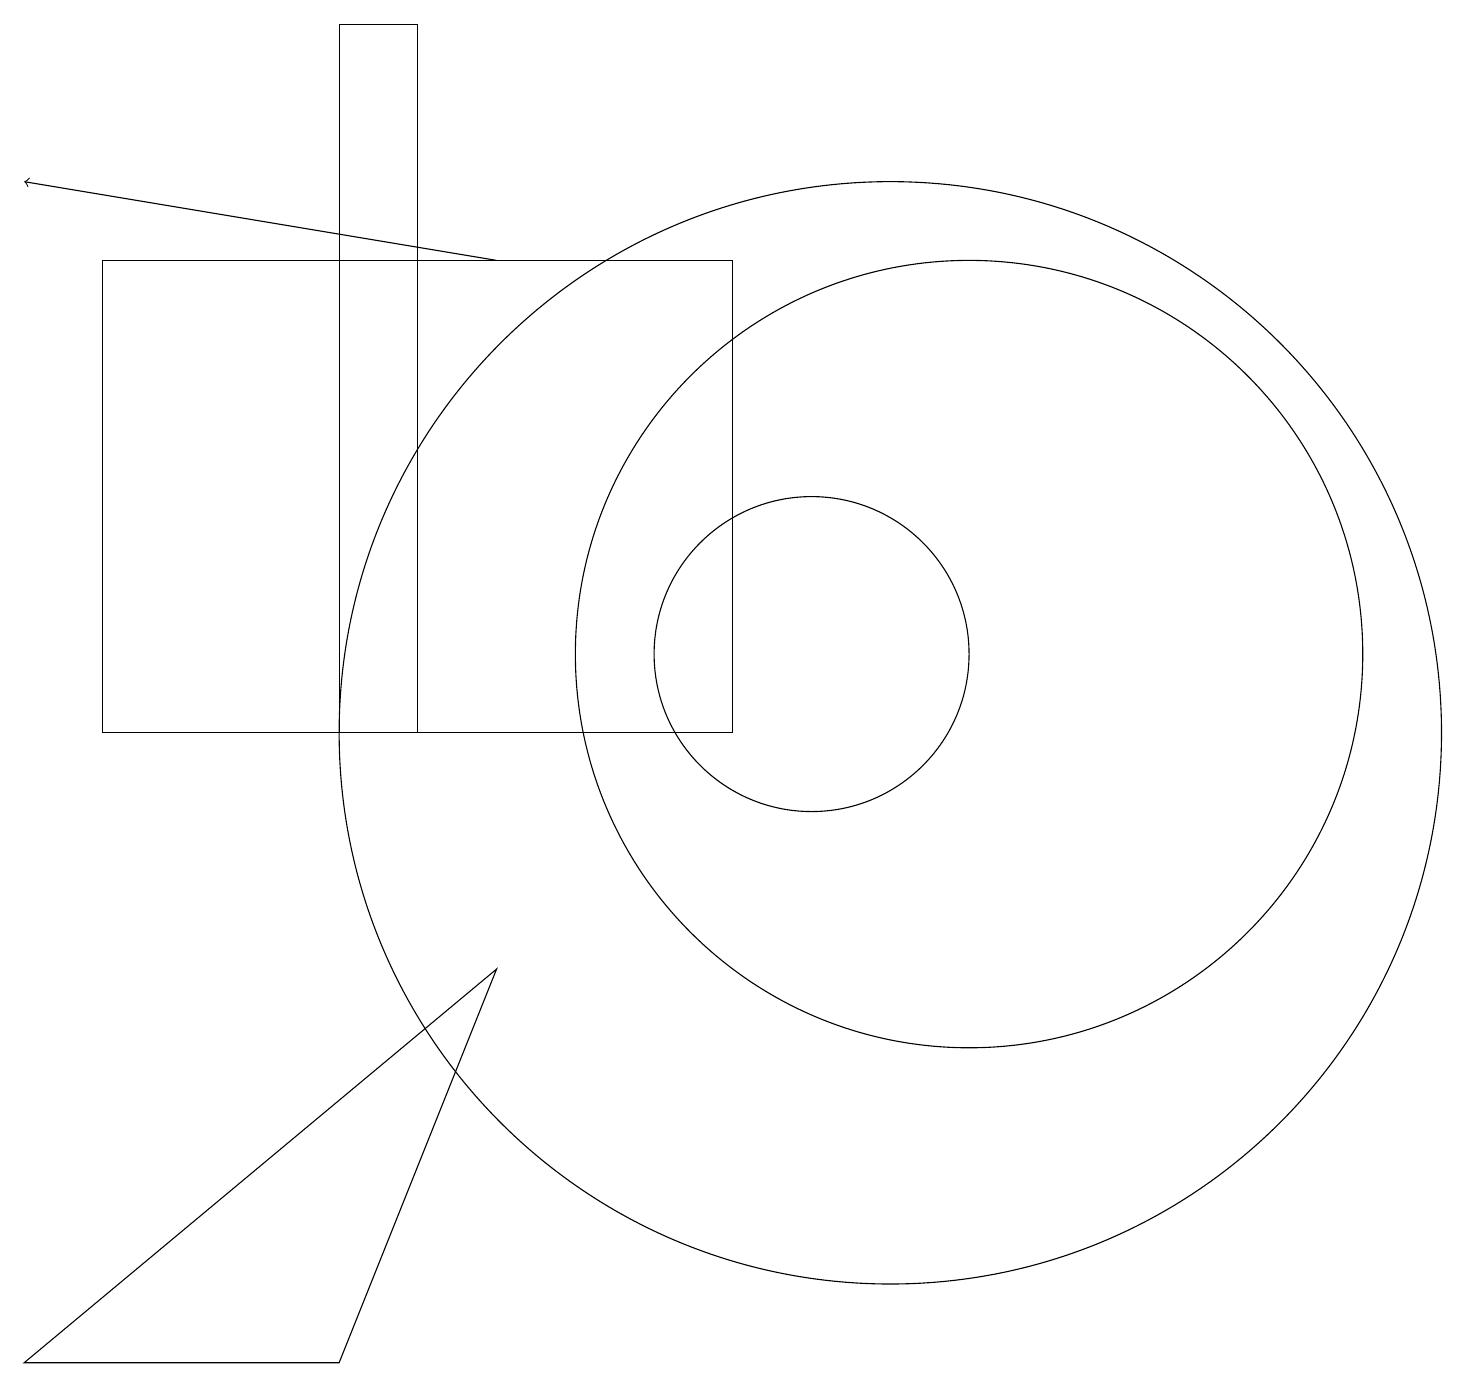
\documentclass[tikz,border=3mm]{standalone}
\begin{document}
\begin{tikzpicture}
\draw (0,2) -- (4,2) -- (6,7) -- cycle;
\draw (5,19) rectangle (4,10);
\draw[->] (6,16) -- (0,17);
\draw (10,11) circle (2);
\draw (1,16) rectangle (9,10);
\draw (12,11) circle (5);
\draw (11,10) circle (7);
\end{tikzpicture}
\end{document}